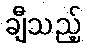
ချီသည့်